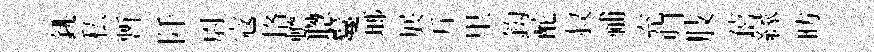
銚私暫阡尉𡨥恪蟾聦鬘瑯展斤里鈎酡叔𥙷充归肢僖縁昉